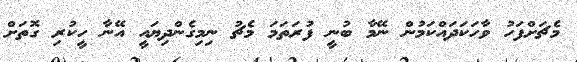
މެޗަށްފަހު ވާހަކަދައްކަމުން ނޭމާ ބުނީ ފުރަތަމަ މެޗު ނިމިގެންދިޔައީ އޭނާ ހީކުރި ގޮތަށް